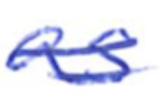
Text: as
Cross-out: double-line
Writing tool: ballpoint